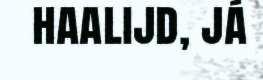
haalijd, já